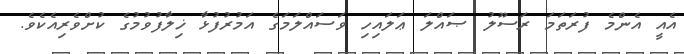
އެއީ އެންމެ ފުރަތަމަ ރަސޫލު ޞައްލަ ޢަލައިހި ވަސައްލަމަގެ އަމުރުފުޅާ ޚިލާފުވުމުގެ ކުށްވެރިއެކެވެ.